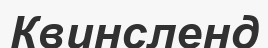
Квинсленд